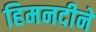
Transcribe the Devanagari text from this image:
हिमनदीने